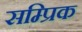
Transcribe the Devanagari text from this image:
सम्प्रिक